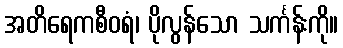
အတိရေကစီဝရံ၊ ပိုလွန်သော သင်္ကန်းကို။